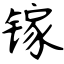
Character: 镓